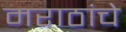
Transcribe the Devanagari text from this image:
मराठांचे